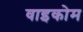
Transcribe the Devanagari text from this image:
वाइकोम